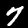
Label: 7